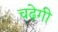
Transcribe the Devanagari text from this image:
चढ़ेगी